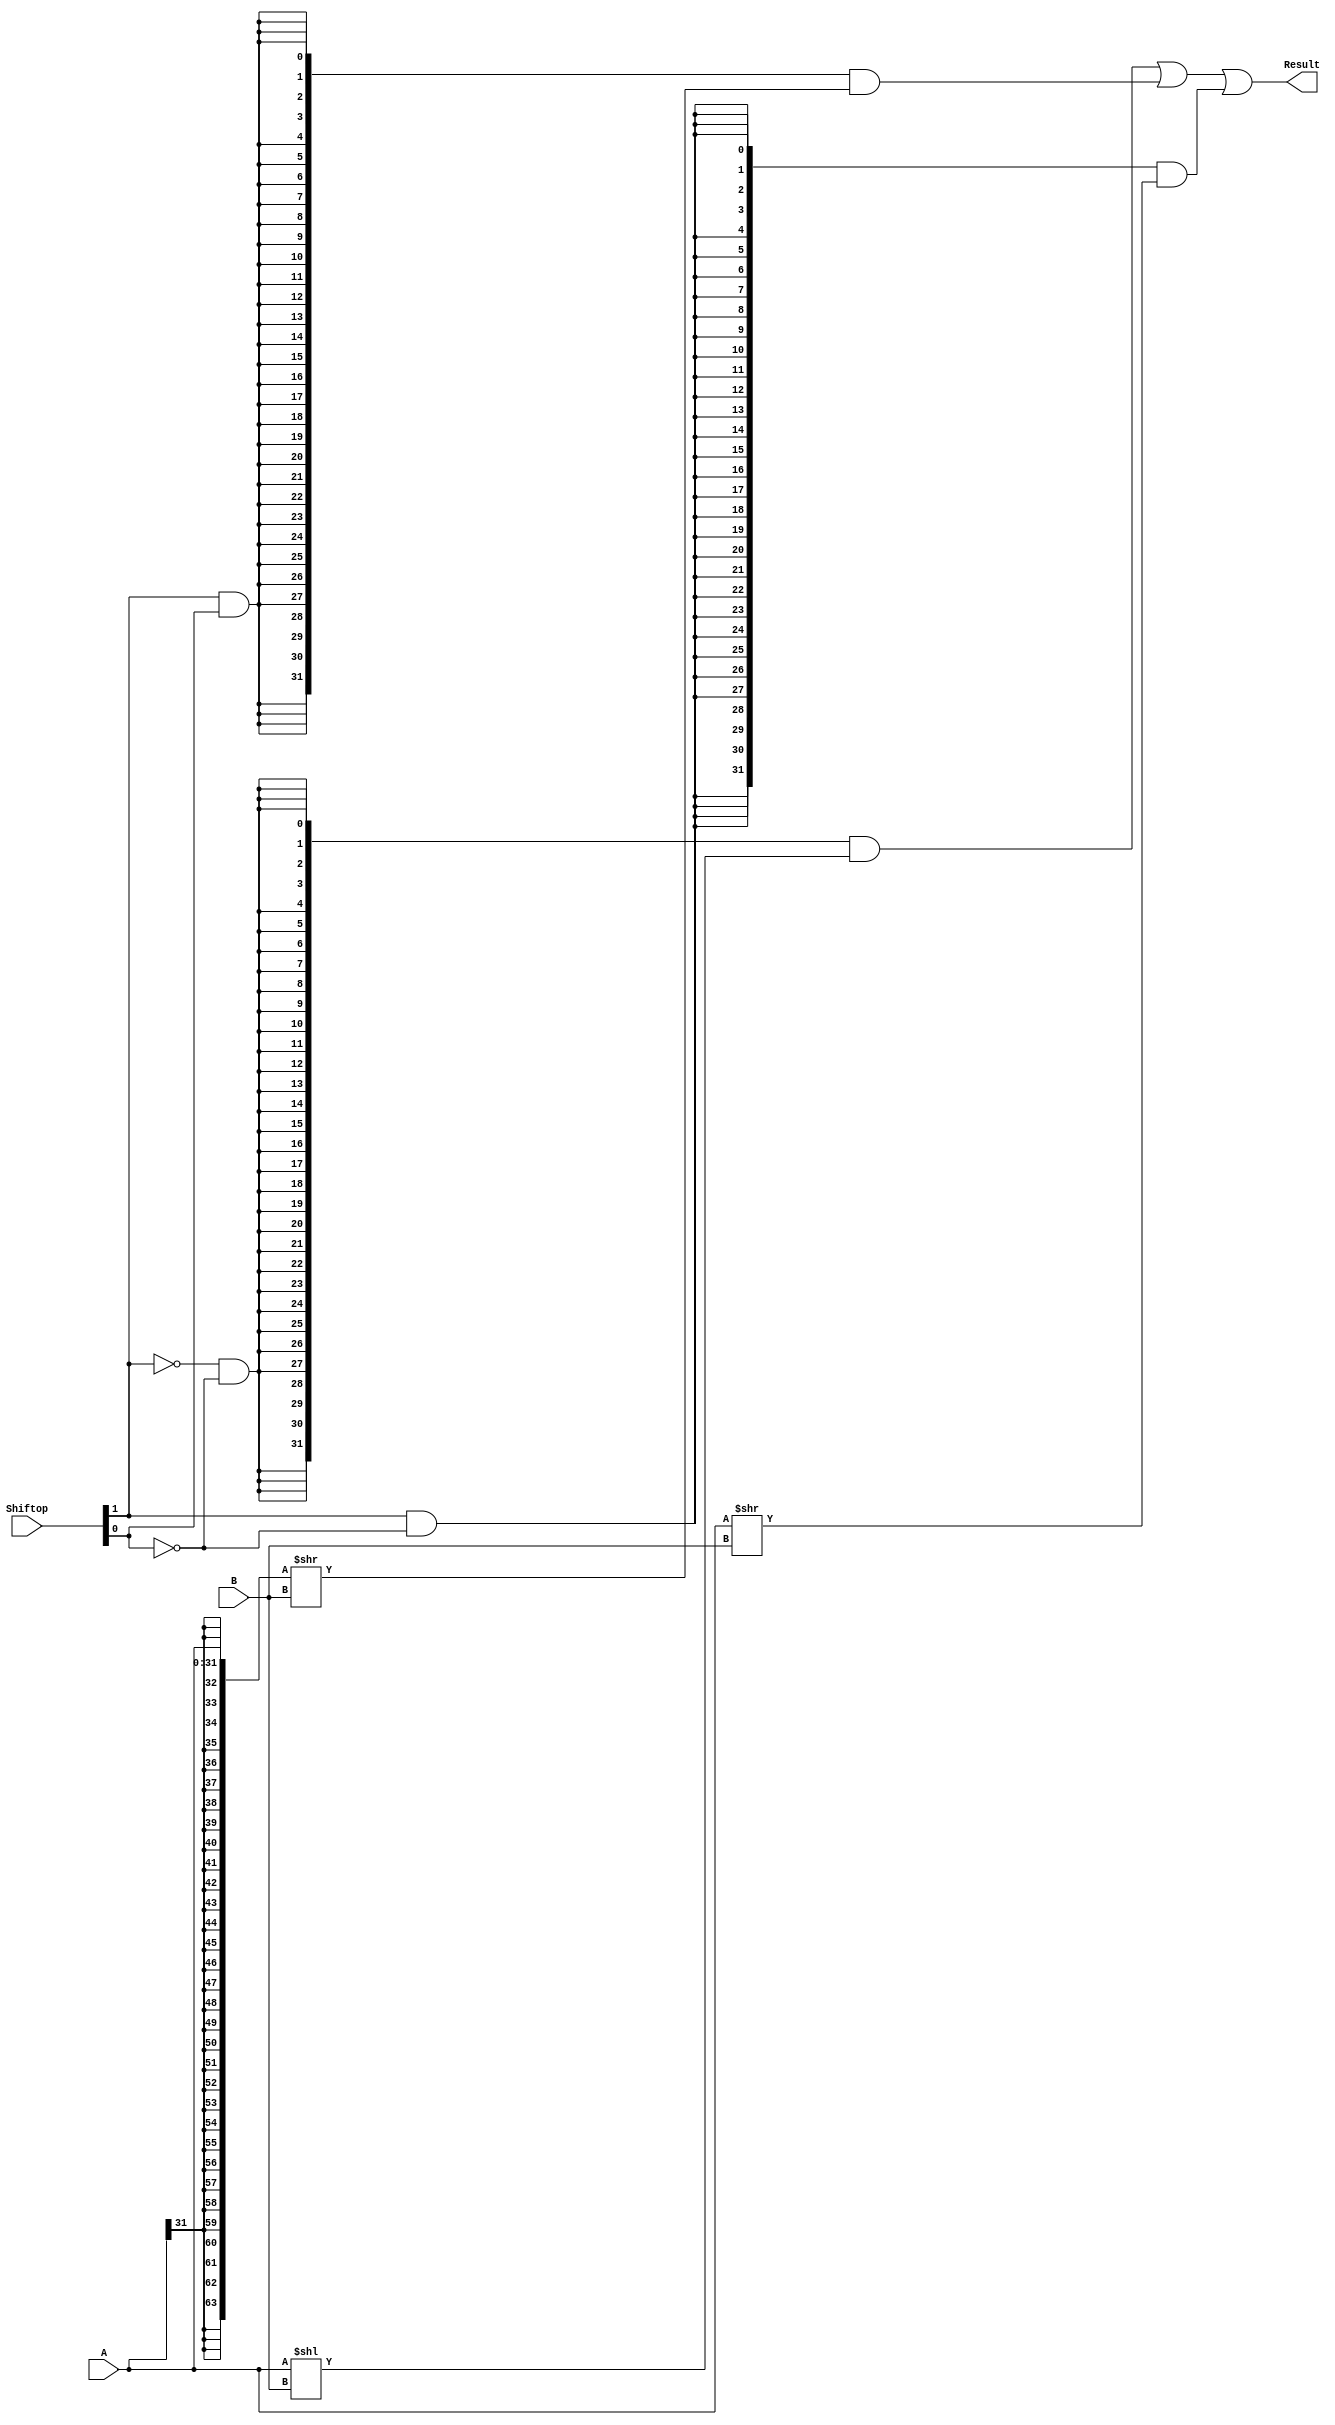
`timescale 10 ns / 1 ns

`define DATA_WIDTH 32

module shifter (
	input  [`DATA_WIDTH - 1:0] A,
	input  [              4:0] B,
	input  [              1:0] Shiftop,
	output [`DATA_WIDTH - 1:0] Result
);

assign Result = {`DATA_WIDTH{~Shiftop[1] & ~Shiftop[0]}} & (A << B) |
				{`DATA_WIDTH{Shiftop[1] & Shiftop[0]}} & ({{`DATA_WIDTH{A[`DATA_WIDTH-1]}}, A} >> B) |
				{`DATA_WIDTH{Shiftop[1] & ~Shiftop[0]}} & (A >> B);

endmodule